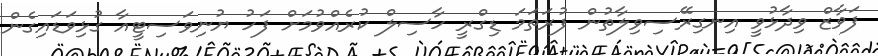
ފަވާޒް ވިދާޅުވީ އިނގިރޭސިވިލާތުން ފުރަތަމަ ޑިގްރީ ހާސިލް ކުރެއްވުމަށް ފަހު ޔުނިވަސިޓީއާ ގުޅިވަޑައިގެން